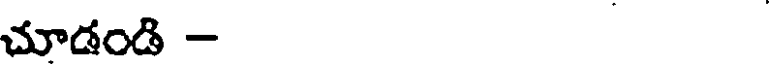
చూడండి -